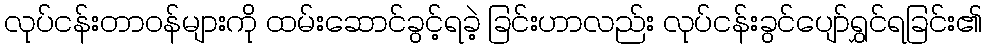
လုပ်ငန်းတာဝန်များကို ထမ်းဆောင်ခွင့်ရခဲ့ ခြင်းဟာလည်း လုပ်ငန်းခွင်ပျော်ရွှင်ရခြင်း၏